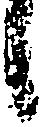
候